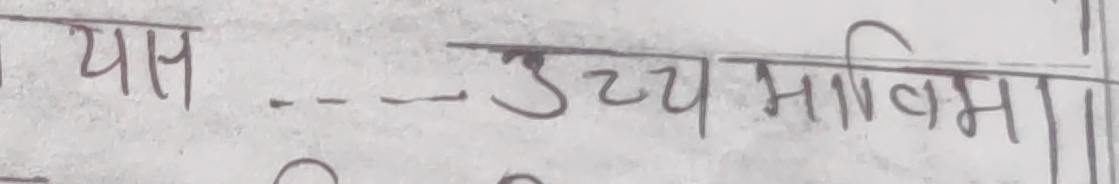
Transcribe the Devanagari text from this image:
पास --- उच्च भविष्य।